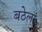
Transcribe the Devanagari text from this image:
बठेलां